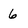
Character: 6